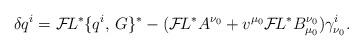
LaTeX: \begin{align*}\delta q^{i} = {\cal F}\!L^*\{q^{i},\,G \}^* - ({\cal F}\!L^* A^{\nu_0} + v^{\mu_0} {\cal F}\!L^* B^{\nu_0}_{\mu_0}) \gamma^{i}_{\nu_0}. \end{align*}